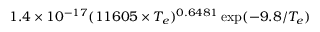
1 . 4 \times 1 0 ^ { - 1 7 } ( 1 1 6 0 5 \times T _ { e } ) ^ { 0 . 6 4 8 1 } \exp ( { - 9 . 8 / T _ { e } } )